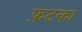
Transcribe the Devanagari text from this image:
फ़टका